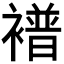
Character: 𫌑